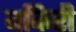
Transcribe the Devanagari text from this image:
बकिरी